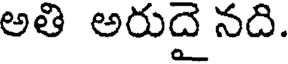
అతి అరుదై నది.